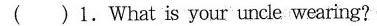
( )1.What is your uncle wearing?